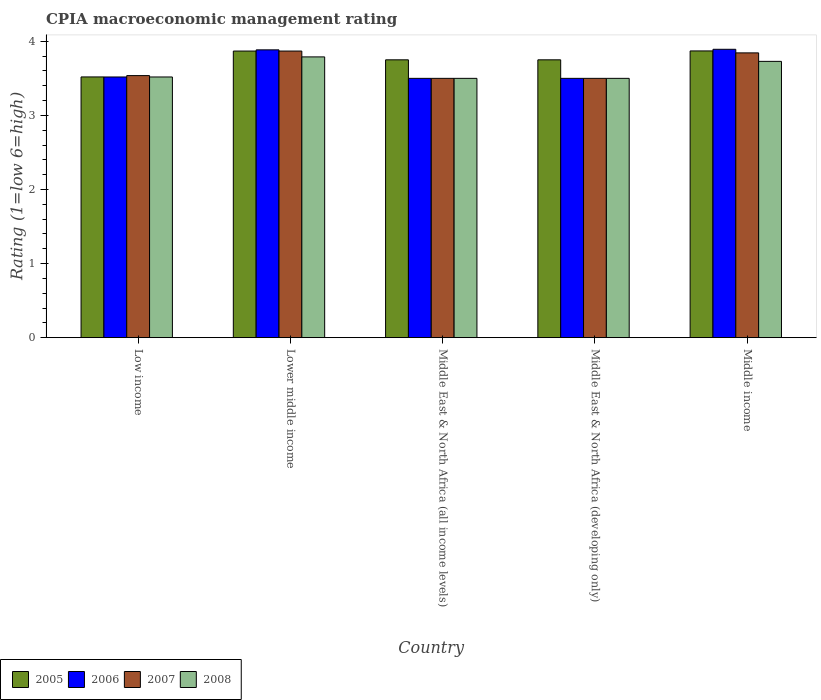
| Country | 2005 | 2006 | 2007 | 2008 |
 | --- | --- | --- | --- | --- |
 | Low income | 3.52 | 3.52 | 3.54 | 3.52 |
 | Lower middle income | 3.87 | 3.88 | 3.87 | 3.79 |
 | Middle East & North Africa (all income levels) | 3.75 | 3.5 | 3.5 | 3.5 |
 | Middle East & North Africa (developing only) | 3.75 | 3.5 | 3.5 | 3.5 |
 | Middle income | 3.87 | 3.89 | 3.84 | 3.73 |